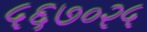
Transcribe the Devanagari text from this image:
५६७०२५